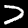
Label: 7